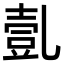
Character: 亄